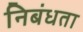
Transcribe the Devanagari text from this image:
निबंधता